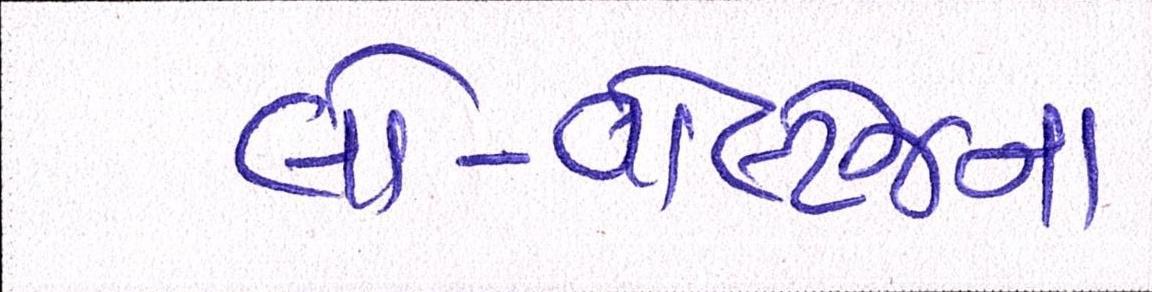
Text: લો-વોલ્ટેજના